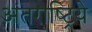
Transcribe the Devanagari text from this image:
अंतराष्ट्रिये